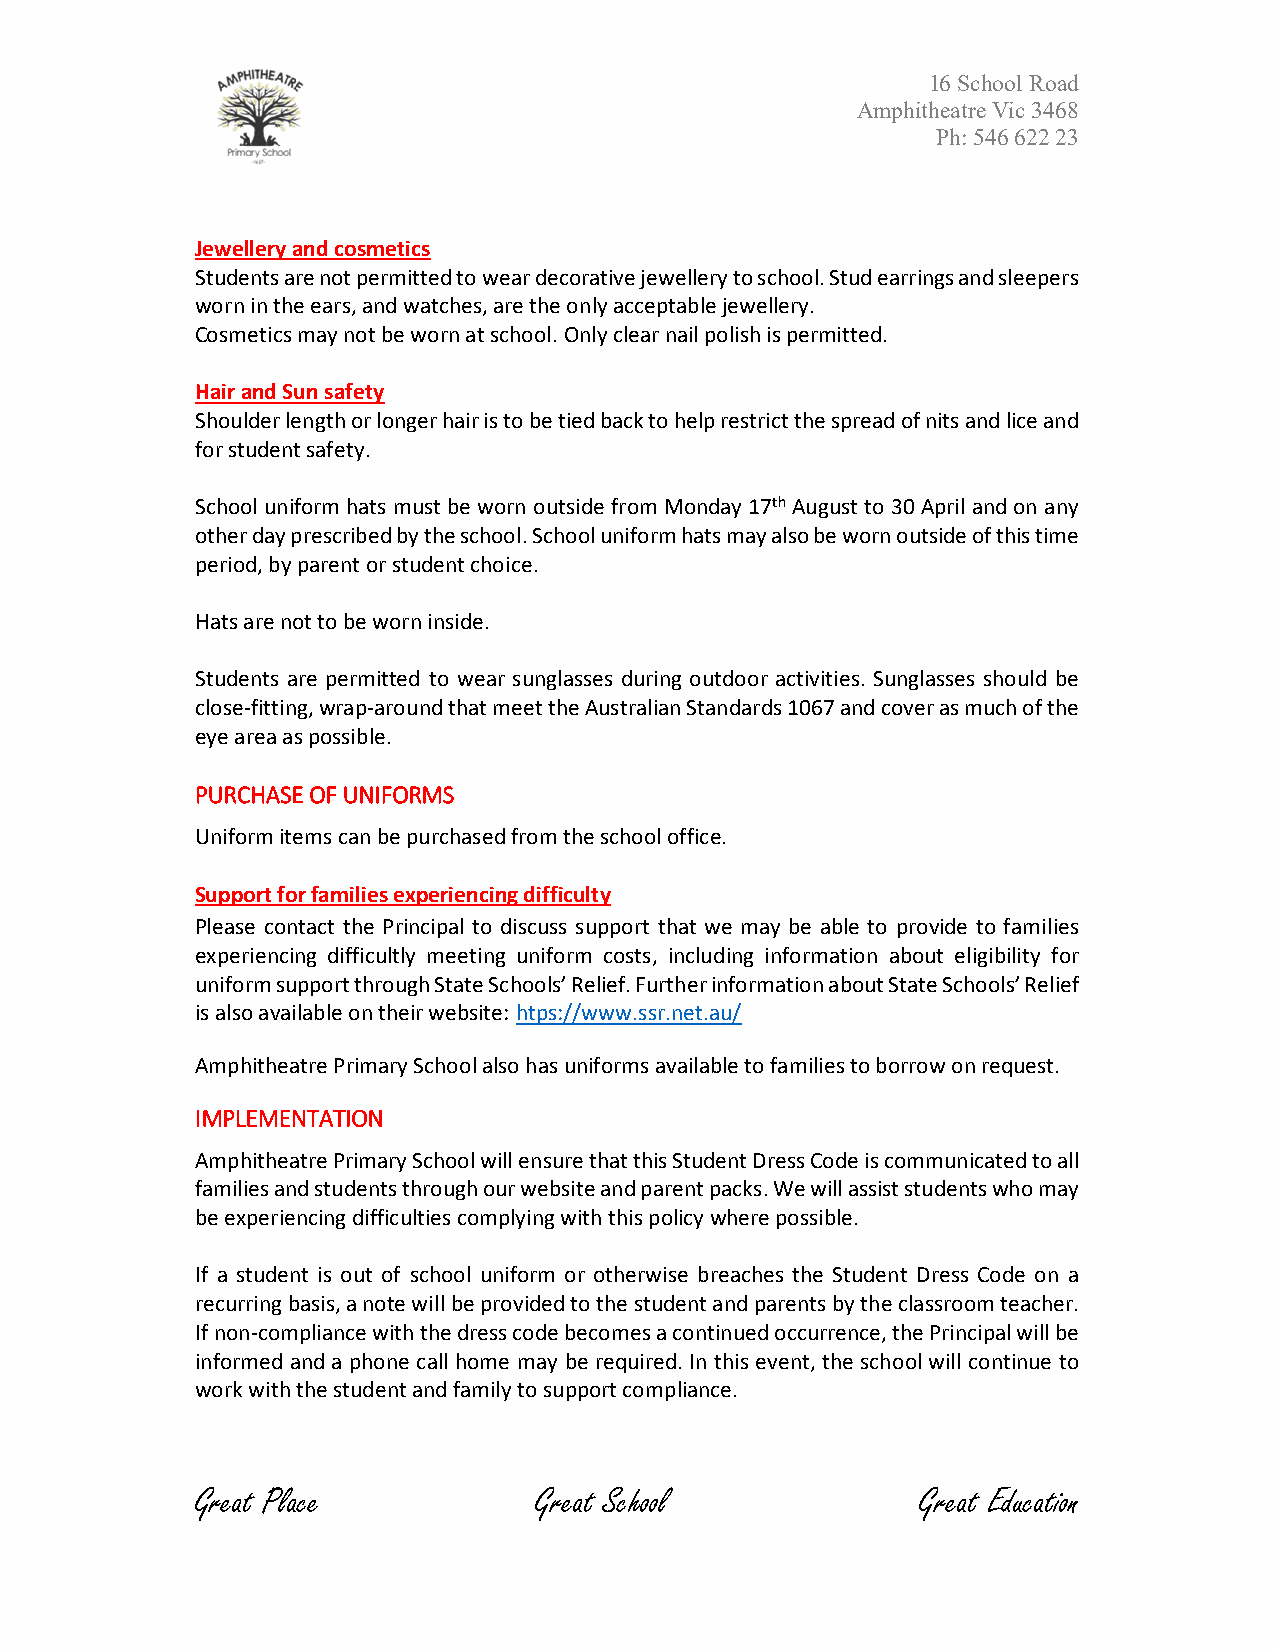
16 School Road
 Amphitheatre Vic 3468
 Ph: 546 622 23
 Jewellery and cosmetics
 Students are not permitted to wear decorative jewellery to school. Stud earrings and sleepers
 worn in the ears, and watches, are the only acceptable jewellery.
 Cosmetics may not be worn at school. Only clear nail polish is permitted.
 Hair and Sun safety
 Shoulder length or longer hair is to be tied back to help restrict the spread of nits and lice and
 for student safety.
 School uniform hats must be worn outside from Monday 17th August to 30 April and on any
 other day prescribed by the school. School uniform hats may also be worn outside of this time
 period, by parent or student choice.
 Hats are not to be worn inside.
 Students are permitted to wear sunglasses during outdoor activities. Sunglasses should be
 close-fitting, wrap-around that meet the Australian Standards 1067 and cover as much of the
 eye area as possible.
 PURCHASE OF UNIFORMS
 Uniform items can be purchased from the school office.
 Support for families experiencing difficulty
 Please contact the Principal to discuss support that we may be able to provide to families
 experiencing difficultly meeting uniform costs, including information about eligibility for
 uniform support through State Schools’ Relief. Further information about State Schools’ Relief
 is also available on their website: htps://www.ssr.net.au/
 Amphitheatre Primary School also has uniforms available to families to borrow on request.
 IMPLEMENTATION
 Amphitheatre Primary School will ensure that this Student Dress Code is communicated to all
 families and students through our website and parent packs. We will assist students who may
 be experiencing difficulties complying with this policy where possible.
 If a student is out of school uniform or otherwise breaches the Student Dress Code on a
 recurring basis, a note will be provided to the student and parents by the classroom teacher.
 If non-compliance with the dress code becomes a continued occurrence, the Principal will be
 informed and a phone call home may be required. In this event, the school will continue to
 work with the student and family to support compliance.
 Great Place           Great School              Great Education